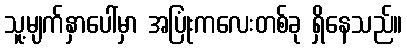
သူ့မျက်နှာပေါ်မှာ အပြုံးကလေးတစ်ခု ရှိနေသည်။